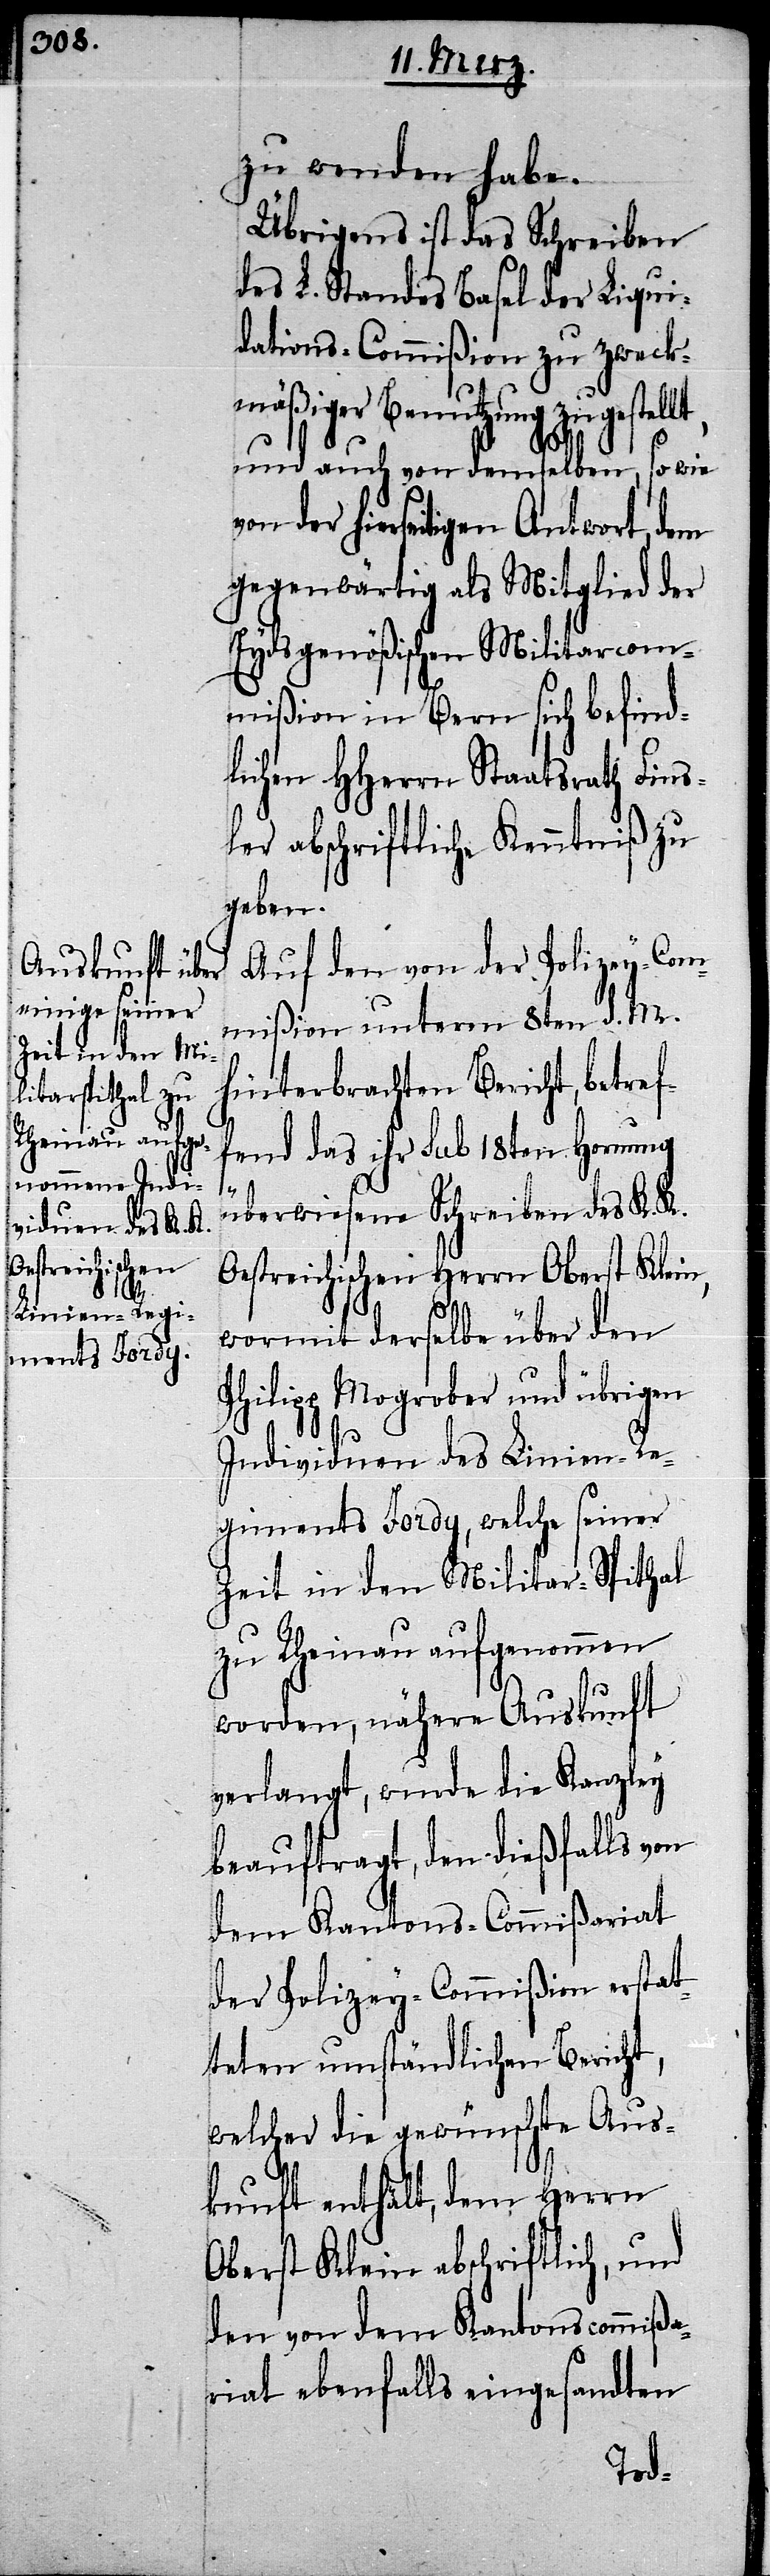
zu wenden habe.
Übrigens ist das Schreiben
des L. Standes Basel der Liqui¬
dations-Commißion zu zweck¬
mäßiger Benutzung zugestel¬
und auch von demselben, so wie
von der hierseitigen Antwort, dem
gegenwärtig als Mitglied der
Eydsgenößischen Militarcom¬
mißion in Bern sich befind¬
lichen HHerrn Staatsrath Fins¬
ler abschriftliche Kenntniß zu
geben.
Auf den von der Polizey-Com¬
mißion unterm 8ten d. M.
hinterbrachten Bericht, betref¬
fend das ihr sub 18ten Hornung
P¬
überwiesene Schreiben des K. K.
Oestreichischen Herrn Oberst Klein,
wormit derselbe über den
hilipp Mogrober und übrigen
Individuen des Linien-Re¬
giments Jordy, welche seiner
Zeit in den Militar-Spithal
zu Rheinau aufgenommen
worden, nähere Auskunft
verlangt, wurde die Kanzley
beauftragt, den dießfalls von
dem Kantons-Commißariat
der Polizey-Commißion erstat¬
teten umständlichen Bericht,
welcher die gewünschte Aus¬
kunft enthält, dem Herrn
Oberst Klein abschriftlich, und
den von dem Kantonscommißa¬
riat ebenfalls eingesandten
lt,